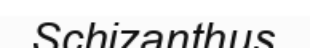
Schizanthus